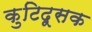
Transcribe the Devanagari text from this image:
कुटिदूसक